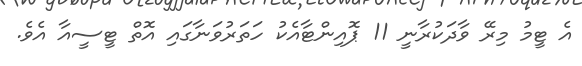
އެ ޓީމު މިރޭ ވާދަކުރާނީ 11 ޕޮއިންޓާއެކު ހަތަރުވަނާގައި އޮތް ޓީސީއާ އެވެ.